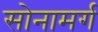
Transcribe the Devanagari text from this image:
सोनामर्ग